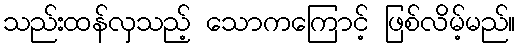
သည်းထန်လှသည့် သောကကြောင့် ဖြစ်လိမ့်မည်။